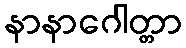
နာနာဂေါတ္တာ